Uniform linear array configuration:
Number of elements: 8
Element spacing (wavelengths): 0.75
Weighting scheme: hamming
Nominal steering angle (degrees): -15
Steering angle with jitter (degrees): -14.546
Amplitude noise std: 0.05
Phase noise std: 0.05

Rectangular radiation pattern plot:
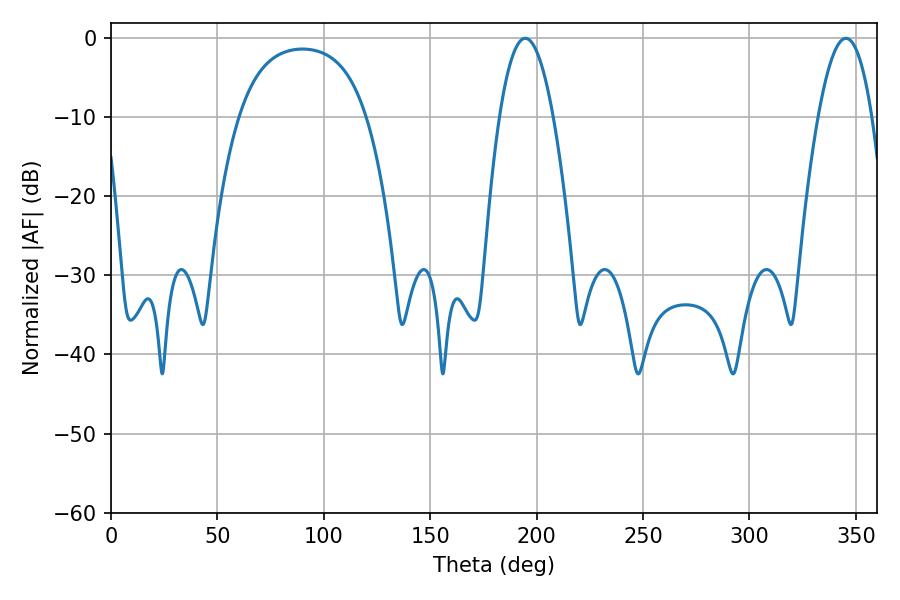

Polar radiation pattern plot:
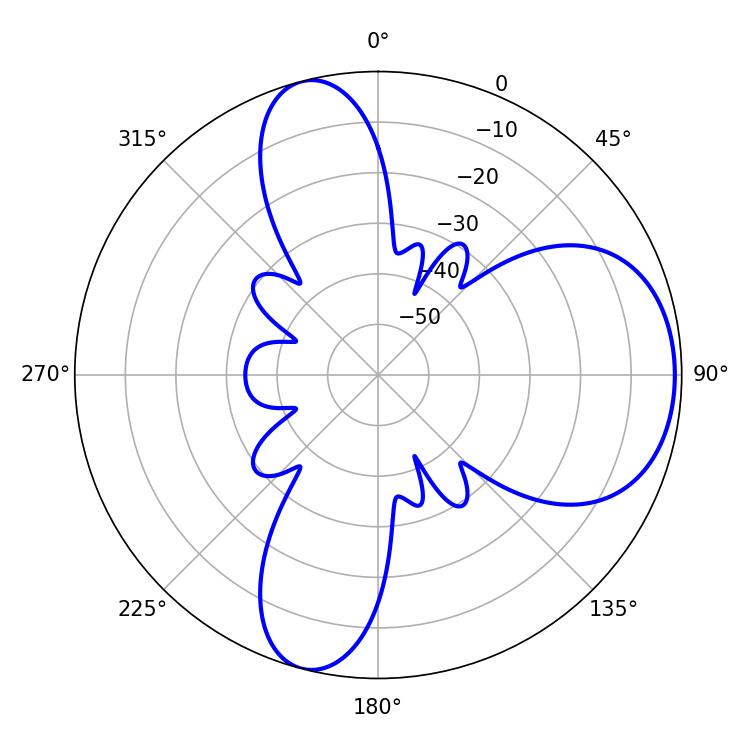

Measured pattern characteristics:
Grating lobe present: TRUE
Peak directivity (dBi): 7.334
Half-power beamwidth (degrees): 13.86
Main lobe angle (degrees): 194.58